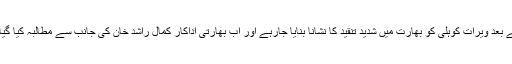
آئی سی سی چیپمئنز ٹرافی کے فائنل میں پاکستان کے ہاتھوں ذلت آمیز شکست کے بعد ویرات کوہلی کو بھارت میں شدید تنقید کا نشانا بنایا جارہے اور اب بھارتی اداکار کمال راشد خان کی جانب سے مطالبہ کیا گیا ہے کہ کوہلی کے کرکٹ کھیلنے پر زندگی بھر کے لیے پابندی لگادینی چاہیے۔